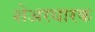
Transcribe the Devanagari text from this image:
शेअरधारक